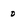
Character: 0